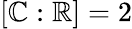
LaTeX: [\mathbb{C}:\mathbb{R}]=2